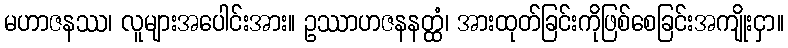
မဟာဇနဿ၊ လူများအပေါင်းအား။ ဥဿာဟဇနနတ္ထံ၊ အားထုတ်ခြင်းကိုဖြစ်စေခြင်းအကျိုးငှာ။